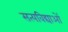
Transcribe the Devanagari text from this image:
सत्यविद्याओं